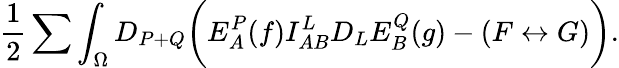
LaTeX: {\frac{1}{2}}\sum\int_{\Omega}D_{P+Q}\biggl(E_{A}^{P}(f)I_{AB}^{L}D_{L}E_{B}^{Q}(g)-(F\leftrightarrow G)\biggr).